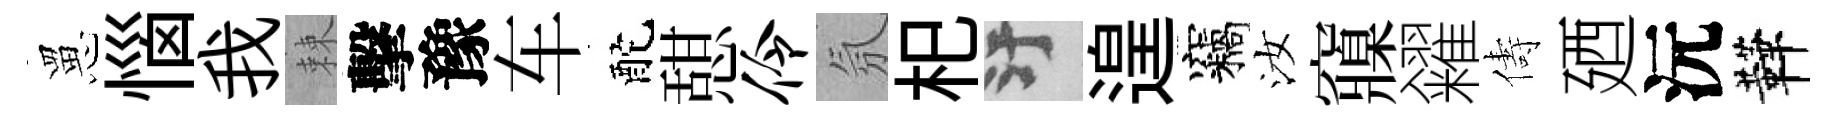
罳惱我棘擊豫车酡憇伶氛𣏌污遑竊汝䆿糴儔廼沅鞾